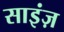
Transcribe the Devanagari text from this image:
साइंज़